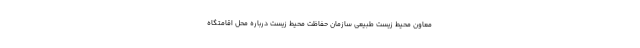
معاون محیط‌ زیست طبیعی سازمان حفاظت محیط‌ زیست درباره محل اقامتگاه